Vaccine operations Central Provinces 1900-1911 - 1900-1911
Year: 1900
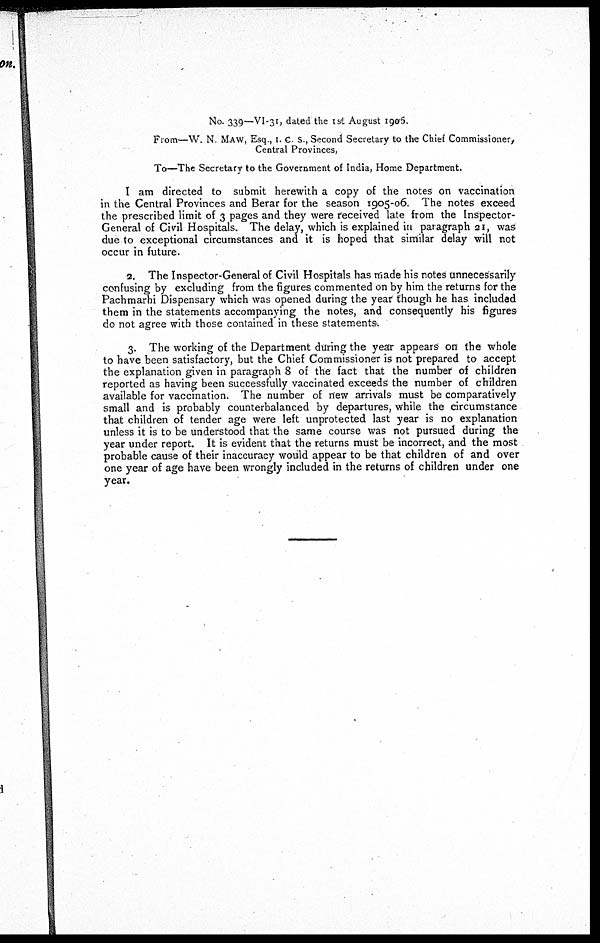
No. 339—VI-31, dated the 1st August 1906.
From—W. N. MAW, Esq , I. C. S., Second Secretary to the Chief Commissioner,
Central Provinces,
To—The Secretary to the Government of India, Home Department.
I am directed to submit herewith a copy of the notes on vaccination
in the Central Provinces and Berar for the season 1905-06. The notes exceed
the prescribed limit of 3 pages and they were received late from the Inspector-
General of Civil Hospitals. The delay, which is explained in paragraph 21, was
due to exceptional circumstances and it is hoped that similar delay will not
occur in future.
2. The Inspector-General of Civil Hospitals has made his notes unnecessarily
confusing by excluding from the figures commented on by him the returns for the
Pachmarhi Dispensary which was opened during the year though he has included
them in the statements accompanying the notes, and consequently his figures
do not agree with those contained in these statements.
3. The working of the Department during the year appears on the whole
to have been satisfactory, but the Chief Commissioner is not prepared to accept
the explanation given in paragraph 8 of the fact that the number of children
reported as having been successfully vaccinated exceeds the number of children
available for vaccination. The number of new arrivals must be comparatively
small and is probably counterbalanced by departures, while the circumstance
that children of tender age were left unprotected last year is no explanation
unless it is to be understood that the same course was not pursued during the
year under report. It is evident that the returns must be incorrect, and the most
probable cause of their inaccuracy would appear to be that children of and over
one year of age have been wrongly included in the returns of children under one
year.